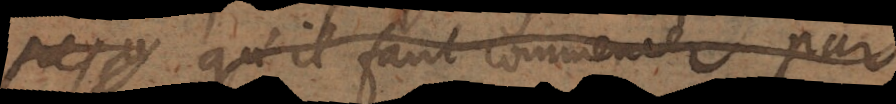
– qu’il faut commencer par